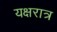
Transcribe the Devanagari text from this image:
यक्षरात्र